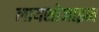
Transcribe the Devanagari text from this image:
लायसोजाइम